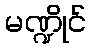
မဏ္ဍိုင်